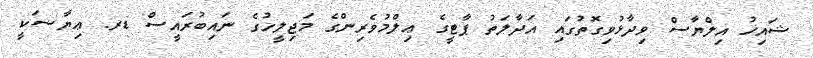
ޝައިޚު އިލްޔާސް ވިދާޅުވިގޮތުގައި އަދާލަތު ޕާޓީގެ ޢިލްމުވެރިންގެ މަޖިލީހުގެ ނައިބުރައީސް ޑރ. ޢިޔާޟަކީ